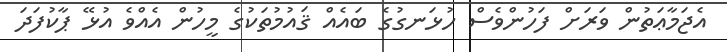
އެޖަމާޢަތުން ވަރަށް ފަހުންވެސް ހުޅަނގުގެ ބައެއް ޤައުމުތަކުގެ މީހުން އެއްވެ އުޅޭ ޕާކުފަދަ